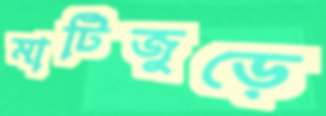
মাটিজুড়ে